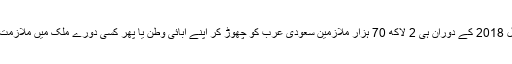
اس کے علاوہ صرف سال 2018 کے دوران ہی 2 لاکھ 70 ہزار ملازمین سعودی عرب کو چھوڑ کر اپنے آبائی وطن یا پھر کسی دورے ملک میں ملازمت کی اختیار کرچکے ہیں۔